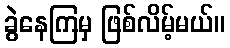
ခွဲနေကြမှ ဖြစ်လိမ့်မယ်။